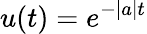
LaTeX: u(t)=e^{-|a|t}